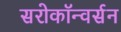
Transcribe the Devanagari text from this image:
सरोकॉन्वर्सन